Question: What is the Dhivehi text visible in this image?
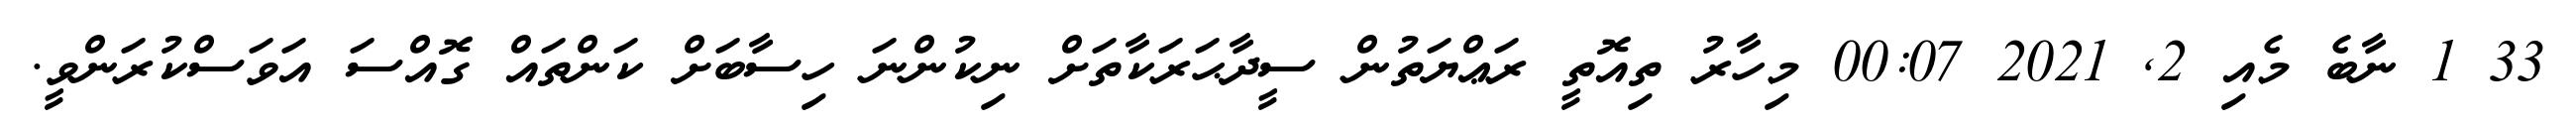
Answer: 33 1 ނާބެ މެއި 2, 2021 00:07 މިހާރު ތިއޮތީ ރަޢްޔަތުން ސީދާޙަރަކާތަށް ނިކުންނަ ހިސާބަށް ކަންތައް ގޮއްސަ އަވަސްކުރަންވީ.